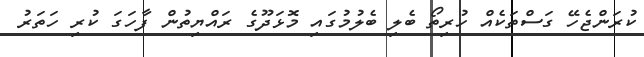
ކުރަންޖެހޭ ގަސްތަކެއް ހުރިތޯ ބެލި ބެލުމުގައި މޮޅަދޫގެ ރައްޔިތުން ފާހަގަ ކުރި ހަތަރު